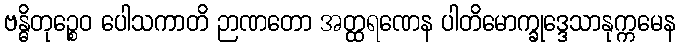
ဗန္ဓိတုဉ္စေဝ ပေါသကာတိ ဉာဏတော အတ္ထရဏေန ပါတိမောက္ခုဒ္ဒေသာနုက္ကမေန